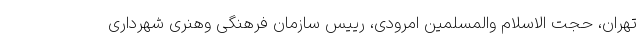
تهران، حجت الاسلام والمسلمین امرودی، رییس سازمان فرهنگی وهنری شهرداری